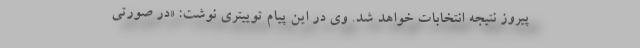
پیروز نتیجه انتخابات خواهد شد. وی در این پیام توییتری نوشت: «در صورتی